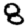
Digit: 8